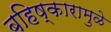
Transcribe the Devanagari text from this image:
बहिष्कारामुळे